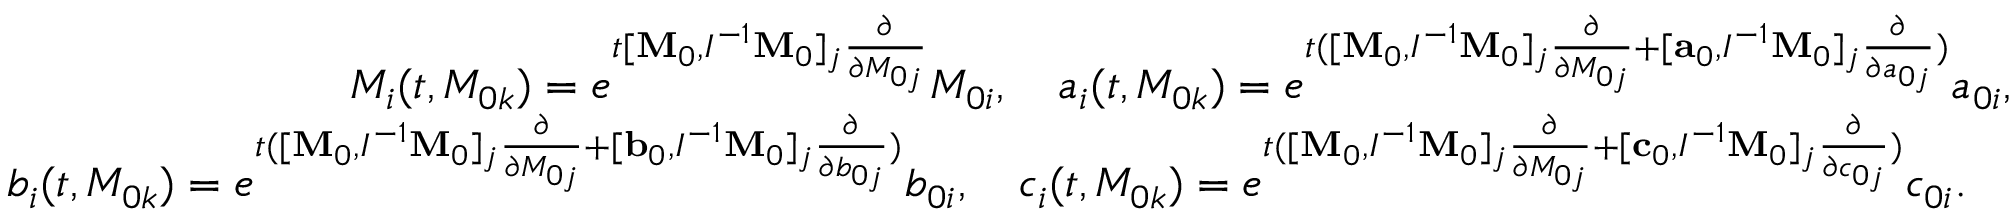
\begin{array} { r } { M _ { i } ( t , M _ { 0 k } ) = e ^ { t [ { \bf M } _ { 0 } , I ^ { - 1 } { \bf M } _ { 0 } ] _ { j } \frac { \partial } { \partial M _ { 0 j } } } M _ { 0 i } , \quad a _ { i } ( t , M _ { 0 k } ) = e ^ { t ( [ { \bf M } _ { 0 } , I ^ { - 1 } { \bf M } _ { 0 } ] _ { j } \frac { \partial } { \partial M _ { 0 j } } + [ { \bf a } _ { 0 } , I ^ { - 1 } { \bf M } _ { 0 } ] _ { j } \frac { \partial } { \partial a _ { 0 j } } ) } a _ { 0 i } , } \\ { b _ { i } ( t , M _ { 0 k } ) = e ^ { t ( [ { \bf M } _ { 0 } , I ^ { - 1 } { \bf M } _ { 0 } ] _ { j } \frac { \partial } { \partial M _ { 0 j } } + [ { \bf b } _ { 0 } , I ^ { - 1 } { \bf M } _ { 0 } ] _ { j } \frac { \partial } { \partial b _ { 0 j } } ) } b _ { 0 i } , \quad c _ { i } ( t , M _ { 0 k } ) = e ^ { t ( [ { \bf M } _ { 0 } , I ^ { - 1 } { \bf M } _ { 0 } ] _ { j } \frac { \partial } { \partial M _ { 0 j } } + [ { \bf c } _ { 0 } , I ^ { - 1 } { \bf M } _ { 0 } ] _ { j } \frac { \partial } { \partial c _ { 0 j } } ) } c _ { 0 i } . \quad } \end{array}